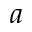
a